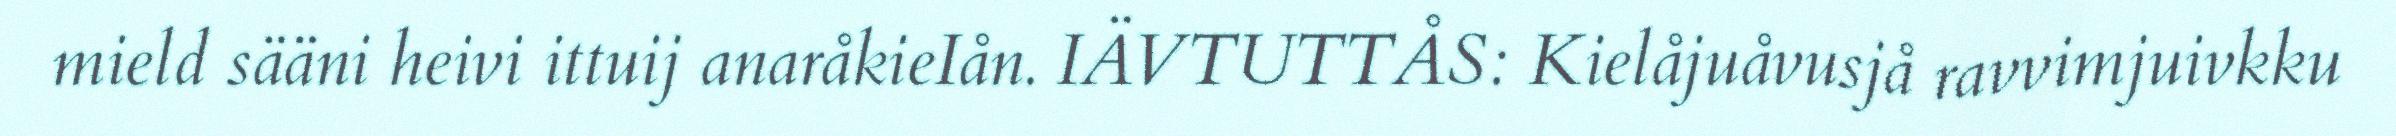
mield sääni heivi ittuij anaråkieIån. IÄVTUTTÅS: Kielåjuåvusjå ravvimjuivkku